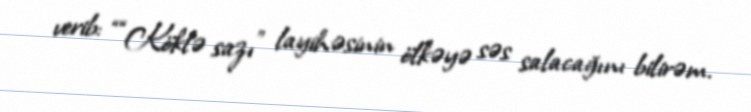
verib: ““Köklə sazı” layihəsinin ölkəyə səs salacağını bilirəm.